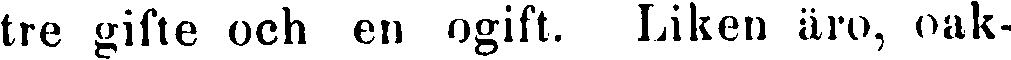
tre gifte och en ogift. Liken äro, oak-